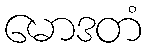
မောဒတံ